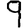
Digit: 9